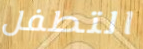
التطفل